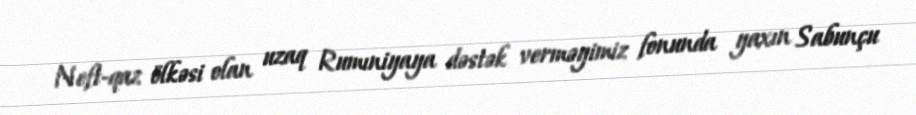
Neft-qaz ölkəsi olan uzaq Rumıniyaya dəstək verməyimiz fonunda yaxın Sabunçu